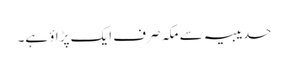
حدیبیہ سے مکہ صرف ایک پڑاؤ ہے۔